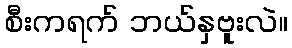
စီးကရက် ဘယ်နှဗူးလဲ။